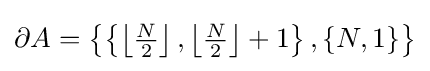
\partial A=\left\{\left\{\left\lfloor {\tfrac {N}{2}}\right\rfloor ,\left\lfloor {\tfrac {N}{2}}\right\rfloor +1\right\},\{N,1\}\right\}